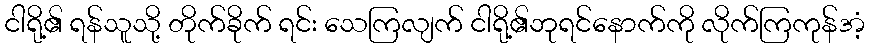
ငါရို့၏ ရန်သူသို့ တိုက်ခိုက် ရင်း သေကြလျက် ငါရို့၏ဘုရင်နောက်ကို လိုက်ကြကုန်အံ့